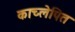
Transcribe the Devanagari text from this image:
काच्लेपित